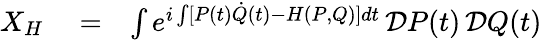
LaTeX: \begin{array}{rlr}{X_{H}}&{{}=}&{\int e^{i\int[P(t)\dot{Q}(t)-H(P,Q)]dt}\, {\cal D}P(t)\, {\cal D}Q(t)}\end{array}